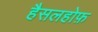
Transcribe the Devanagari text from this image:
हैसलहोफ़